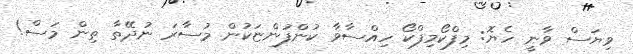
ވިޔަސް ވާނީ ހެޔޮ: މިފްކޯމިފްކޯ ހިއްސާވާ ކުންފުންޏަކުން މުސާރަ ނުދޭތާ ތިން މަސް!